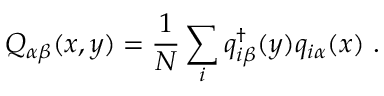
Q _ { \alpha \beta } ( x , y ) = \frac { 1 } { N } \sum _ { i } q _ { i \beta } ^ { \dagger } ( y ) q _ { i \alpha } ( x ) \ .